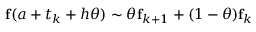
{ \bf f } ( a + t _ { k } + h \theta ) \sim \theta { \bf f } _ { k + 1 } + ( 1 - \theta ) { \bf f } _ { k }